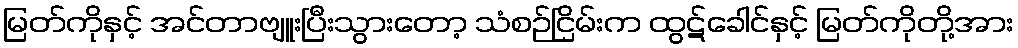
မြတ်ကိုနှင့် အင်တာဗျူးပြီးသွားတော့ သံစဉ်ငြိမ်းက ထွဋ်ခေါင်နှင့် မြတ်ကိုတို့အား